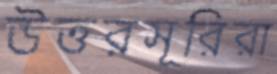
উত্তরসূরিরা